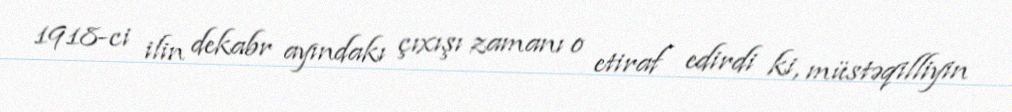
1918-ci ilin dekabr ayındakı çıxışı zamanı o etiraf edirdi ki, müstəqilliyin